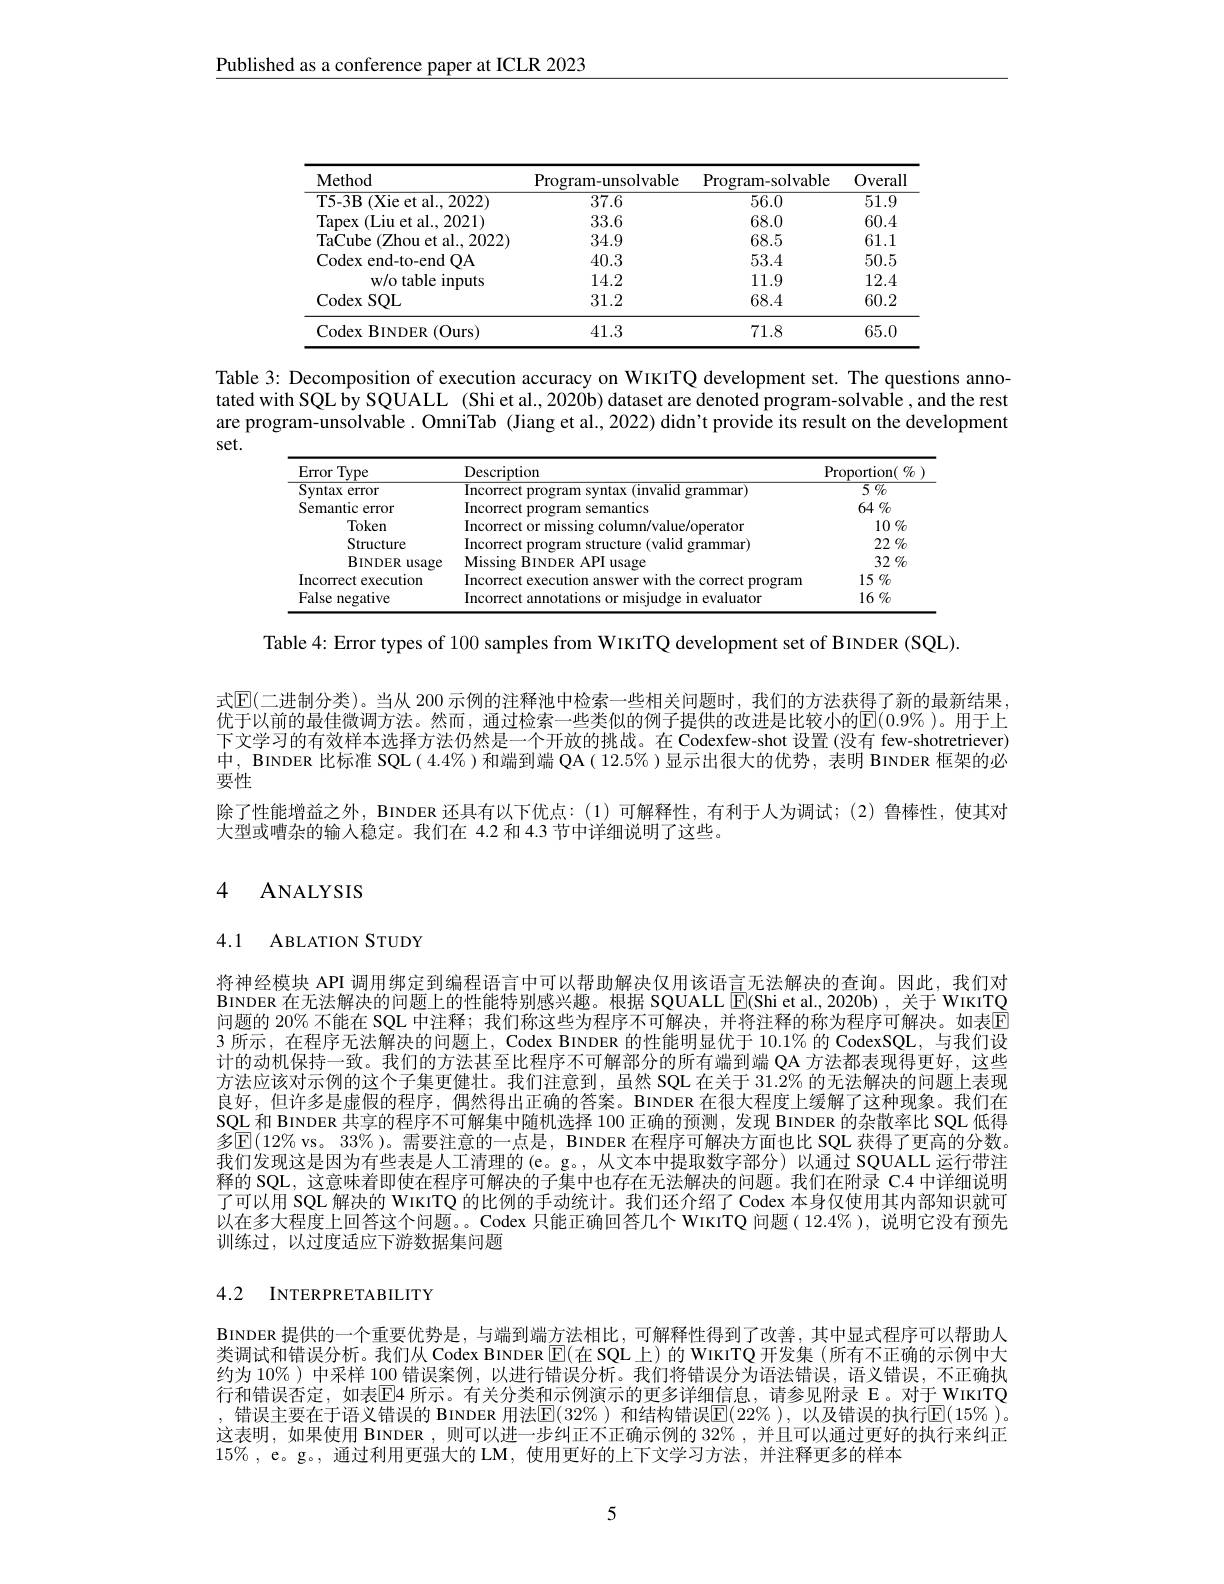
Published as a conference paper at ICLR 2023

<table>
	<tbody>
		<tr>
			<th>Method</th>
			<th>Program-unsolvable</th>
			<th>Program-solvable</th>
			<th>Overall</th>
		</tr>
		<tr>
			<td>T5-3B $\overline{(\text{Xie et al., 2022)}}$</td>
			<td>37.6</td>
			<td>56.0</td>
			<td>$\overline{51.9}$</td>
		</tr>
		<tr>
			<td>(Liu et al., 2021) Tapex</td>
			<td>33.6</td>
			<td>68.0</td>
			<td>60.4</td>
		</tr>
		<tr>
			<td>TaCube (Zhou et al., 2022)</td>
			<td>34.9</td>
			<td>68.5</td>
			<td>61.1</td>
		</tr>
		<tr>
			<td>Codex end- to- end OA</td>
			<td>40.3</td>
			<td>53.4</td>
			<td>50.5</td>
		</tr>
		<tr>
			<td>w/o table inputs</td>
			<td>14.2</td>
			<td>11.9</td>
			<td>12.4</td>
		</tr>
		<tr>
			<td>Codex SQL</td>
			<td>31.2</td>
			<td>68.4</td>
			<td>60.2</td>
		</tr>
		<tr>
			<td>Codex BINDER (0urs)</td>
			<td>41.3</td>
			<td>71.8</td>
			<td>65.0</td>
		</tr>
	</tbody>
</table>

Table 3: Decomposition of execution accuracy on WIKITQ development set. The questions annotated with SQL by SQUAL (Shi et al.,2020b) dataset are denoted program-solvable , and the rest are program-unsolvable. OmniTab (Jiang et al., 2022) didn't provide its result on the development set.

<table>
	<tbody>
		<tr>
			<th>Error T Type</th>
			<th>Description</th>
			<th>Proportion( $\%$</th>
		</tr>
		<tr>
			<td>Syntax error</td>
			<td>Incorrect ( invalid grammar 2170 ntax</td>
			<td>$\overline{5\%}$</td>
		</tr>
		<tr>
			<td>Semantic e error</td>
			<td>Incorrect emantics</td>
			<td>$64\%$</td>
		</tr>
		<tr>
			<td>Token</td>
			<td>Incorrect o /value/operaton</td>
			<td>$10\%$</td>
		</tr>
		<tr>
			<td>Structure</td>
			<td>Incorrect Valin prammar</td>
			<td>22 $\%$</td>
		</tr>
		<tr>
			<td>$\mathbf{BINDER}$ usage 1</td>
			<td>Missing $4PI$ BINDER lisage</td>
			<td>32 $\%$</td>
		</tr>
		<tr>
			<td>Incorrect execution</td>
			<td>Incorrec the 1人 ssstth 11 correct Tan</td>
			<td>$15\%$</td>
		</tr>
		<tr>
			<td>False negative</td>
			<td>10m</td>
			<td>$16\%$</td>
		</tr>
	</tbody>
</table>

Table 4: Error types of 100 samples from WIKITQ development set of BINDER (SQL).

式$\mathbb{E}($二进制分类)。当从 200 示例的注释池中检索一些相关问题时，我们的方法获得了新的最新结果， 优于以前的最佳微调方法。然而，通过检索一些类似的例子提供的改进是比较小的E$( 0. 9\% )$。用于上下文学习的有效样本选择方法仍然是一个开放的挑战。在 Codexfew-shot 设置(没有 few-shotretriever) 中，BINDER 比标准 SQL( 4.4% )和端到端 QA( 12.5% )显示出很大的优势，表明 BINDER 框架的必要性
除了性能增益之外，BINDER 还具有以下优点：(1)可解释性，有利于人为调试；(2)鲁棒性，使其对
大型或嘈杂的输入稳定。我们在 4.2 和 4.3 节中详细说明了这些。

## 4 ANALYSIS

4.1 ABLATION STUDY

将神经模块 API 调用绑定到编程语言中可以帮助解决仅用该语言无法解决的查询。因此，我们对BINDER 在无法解决的问题上的性能特别感兴趣。根据 SQUALL [E](Shi et al.,2020b) , 关于 WIKITQ 问题的 20% 不能在 SQL 中注释；我们称这些为程序不可解决，并将注释的称为程序可解决。如表$\overline{\mathrm{E}}$ 3 所示，在程序无法解决的问题上，Codex BINDER 的性能明显优于 10.1% 的 CodexSQL, 与我们设计的动机保持一致。我们的方法甚至比程序不可解部分的所有端到端 QA 方法都表现得更好，这些方法应该对示例的这个子集更健壮。我们注意到，虽然 SQL 在关于 31.2% 的无法解决的问题上表现良好，但许多是虚假的程序，偶然得出正确的答案。BINDER 在很大程度上缓解了这种现象。我们在SQL 和 BINDER 共享的程序不可解集中随机选择 100 正确的预测，发现 BINDER 的杂散率比 SQL 低得多$\mathbb{E}(12\%$ vs。33% )。需要注意的一点是，BINDER 在程序可解决方面也比 SQL 获得了更高的分数。我们发现这是因为有些表是人工清理的(e。g。,从文本中提取数字部分)以通过 SQUALL 运行带注释的 SQL, 这意味着即使在程序可解决的子集中也存在无法解决的问题。我们在附录 C.4 中详细说明了可以用 SQL 解决的 WIKITQ 的比例的手动统计。我们还介绍了 Codex 本身仅使用其内部知识就可以在多大程度上回答这个问题。。Codex 只能正确回答几个 WIKITQ 问题( 12.4%),说明它没有预先训练过，以过度适应下游数据集问题

## 4.2 INTERPRETABIILITY

BINDER 提供的一个重要优势是，与端到端方法相比，可解释性得到了改善，其中显式程序可以帮助人类调试和错误分析。我们从 Codex BINDER $\mathbb{E}($在 SQL 上) 的 WIKITQ 开发集 (所有不正确的示例中大约为 10% )中采样 100 错误案例，以进行错误分析。我们将错误分为语法错误，语义错误，不正确执行和错误否定，如表$\mathbb{E}$4 所示。有关分类和示例演示的更多详细信息，请参见附录 Е。对于 WIKITQ , 错误主要在于语义错误的 BINDER 用法$\boxed{\mathrm{E}}(32\%)$ 和结构错误$\boxed{\mathrm{E}}(22\%),以及错误的执行回(15\%)$。这表明，如果使用 BINDER ,则可以进一步纠正不正确示例的 32% ,并且可以通过更好的执行来纠正$15\%$, e。g。, 通过利用更强大的 LM,使用更好的上下文学习方法，并注释更多的样本

5